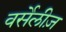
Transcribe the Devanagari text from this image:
वर्सेलीज़